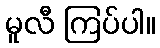
မူလီ ကြပ်ပါ။